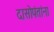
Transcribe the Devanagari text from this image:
दासोपंतांना